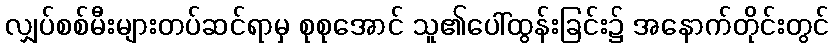
လျှပ်စစ်မီးများတပ်ဆင်ရာမှ စုစုအောင် သူ၏ပေါ်ထွန်းခြင်း၌ အနောက်တိုင်းတွင်